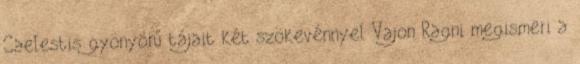
Caelestis gyönyörű tájait két szökevénnyel Vajon Ragni megismeri a